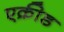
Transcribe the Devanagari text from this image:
एक्रीड